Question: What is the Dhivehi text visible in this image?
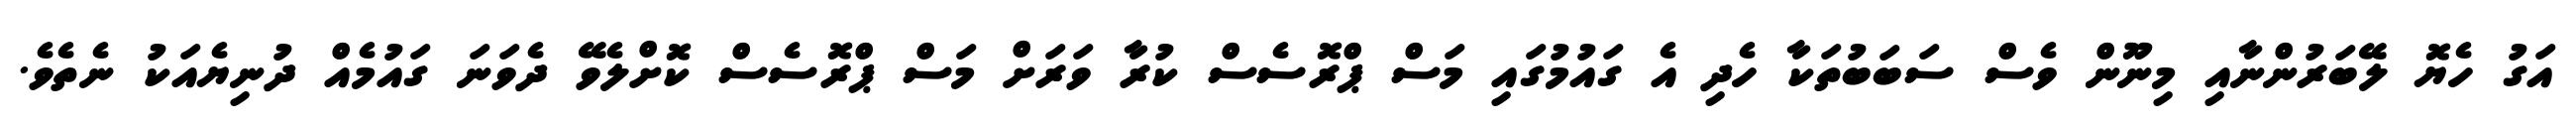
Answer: އަގު ހެޔޮ ލޭބަރުންނާއި މިނޫން ވެސް ސަބަބުތަކާ ހެދި އެ ގައުމުގައި މަސް ޕްރޮސެސް ކުރާ ވަރަށް މަސް ޕްރޮސެސް ކޮށްލެވޭ ދެވަނަ ގައުމެއް ދުނިޔެއަކު ނެތެވެ.